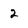
Character: 2